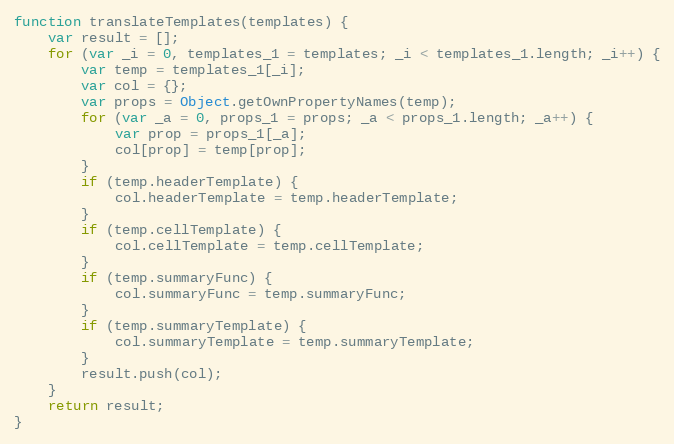
Language: JavaScript
function translateTemplates(templates) {
    var result = [];
    for (var _i = 0, templates_1 = templates; _i < templates_1.length; _i++) {
        var temp = templates_1[_i];
        var col = {};
        var props = Object.getOwnPropertyNames(temp);
        for (var _a = 0, props_1 = props; _a < props_1.length; _a++) {
            var prop = props_1[_a];
            col[prop] = temp[prop];
        }
        if (temp.headerTemplate) {
            col.headerTemplate = temp.headerTemplate;
        }
        if (temp.cellTemplate) {
            col.cellTemplate = temp.cellTemplate;
        }
        if (temp.summaryFunc) {
            col.summaryFunc = temp.summaryFunc;
        }
        if (temp.summaryTemplate) {
            col.summaryTemplate = temp.summaryTemplate;
        }
        result.push(col);
    }
    return result;
}